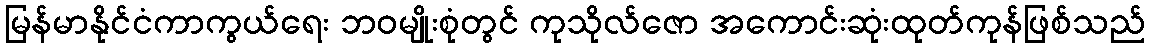
မြန်မာနိုင်ငံကာကွယ်ရေး ဘဝမျိုးစုံတွင် ကုသိုလ်ဇော အကောင်းဆုံးထုတ်ကုန်ဖြစ်သည်